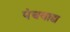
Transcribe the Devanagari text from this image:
पंचवाद्य